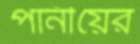
পানীয়ের